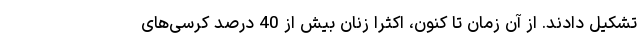
تشکیل دادند. از آن زمان تا کنون، اکثرا زنان بیش از 40 درصد کرسی‌های